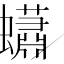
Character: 蠨